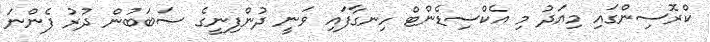
ކްރޮސިންގައި މިއަދު މި އެކްސިޑެންޓް ހިނގާފައި ވަނީ ދުންފިނީގެ ސަބަބުން ދުރު ފެންނަ